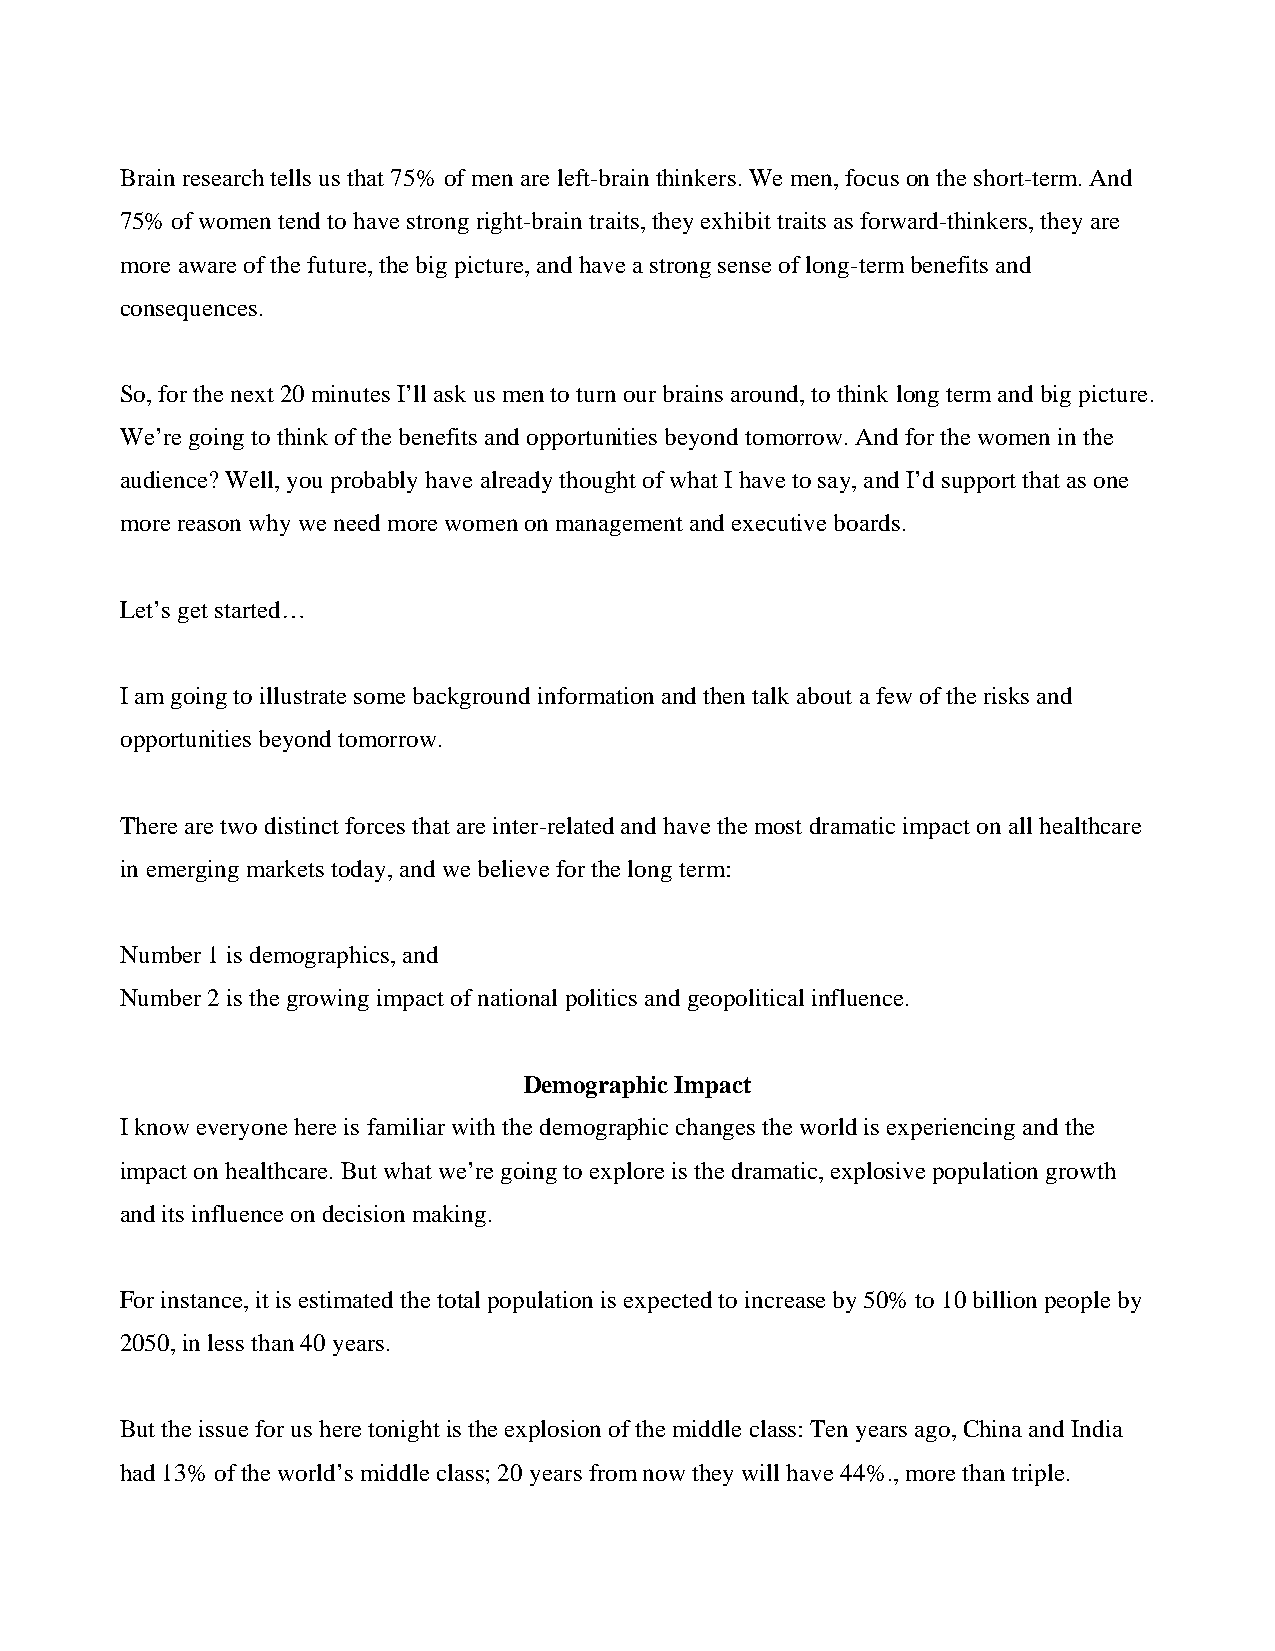
Brain research tells us that 75% of men are left-brain thinkers. We men, focus on the short-term. And
 75% of women tend to have strong right-brain traits, they exhibit traits as forward-thinkers, they are
 more aware of the future, the big picture, and have a strong sense of long-term benefits and
 consequences.
 So, for the next 20 minutes I’ll ask us men to turn our brains around, to think long term and big picture.
 We’re going to think of the benefits and opportunities beyond tomorrow. And for the women in the
 audience? Well, you probably have already thought of what I have to say, and I’d support that as one
 more reason why we need more women on management and executive boards.
 Let’s get started…
 I am going to illustrate some background information and then talk about a few of the risks and
 opportunities beyond tomorrow.
 There are two distinct forces that are inter-related and have the most dramatic impact on all healthcare
 in emerging markets today, and we believe for the long term:
 Number 1 is demographics, and
 Number 2 is the growing impact of national politics and geopolitical influence.
 Demographic Impact
 I know everyone here is familiar with the demographic changes the world is experiencing and the
 impact on healthcare. But what we’re going to explore is the dramatic, explosive population growth
 and its influence on decision making.
 For instance, it is estimated the total population is expected to increase by 50% to 10 billion people by
 2050, in less than 40 years.
 But the issue for us here tonight is the explosion of the middle class: Ten years ago, China and India
 had 13% of the world’s middle class; 20 years from now they will have 44%., more than triple.